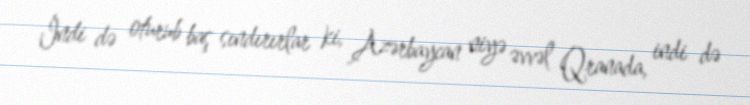
İndi də oturub baş sındırırlar ki, Azərbaycan niyə əvvəl Qranada, indi də